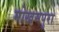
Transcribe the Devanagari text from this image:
मोखमपुरा